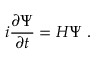
i \frac { \partial \Psi } { \partial t } = H \Psi \; .